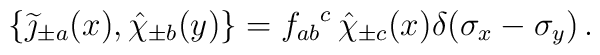
\{\widetilde\jmath_{\pm a}(x),\hat\chi_{\pm b}(y)\} = {f_{ab}}^c\,\hat\chi_{\pm c}(x)\delta(\sigma_x-\sigma_y)\, .